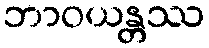
ဘာဝယန္တဿ